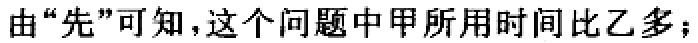
由“先”可知，这个问题中甲所用时间比乙多；